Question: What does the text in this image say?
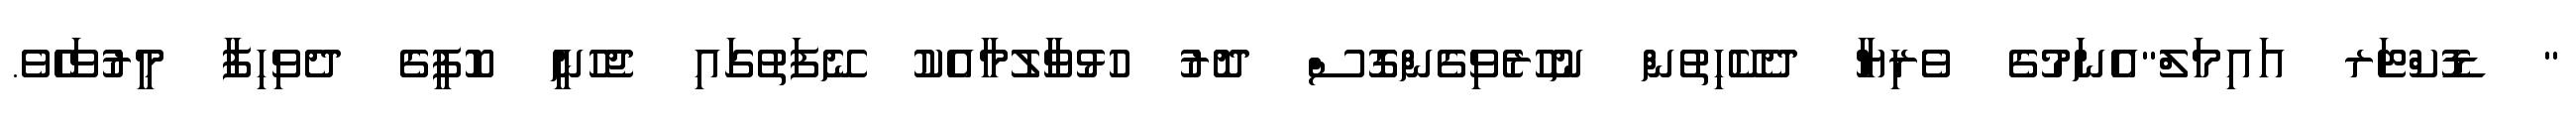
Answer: " ޑޮކްޓަރ އައިމަލް"އެނަމުގެ ވެރިޔާ ދެކޭހިތުން ނުހުރެވިގެންގޮސް ދޮރު ހުޅުވާލުމާއެކު ނޭފަތުގައި ޖެހުނީ ކޮފީގެ ދެވިހިފާ މީރުވަހެވެ.